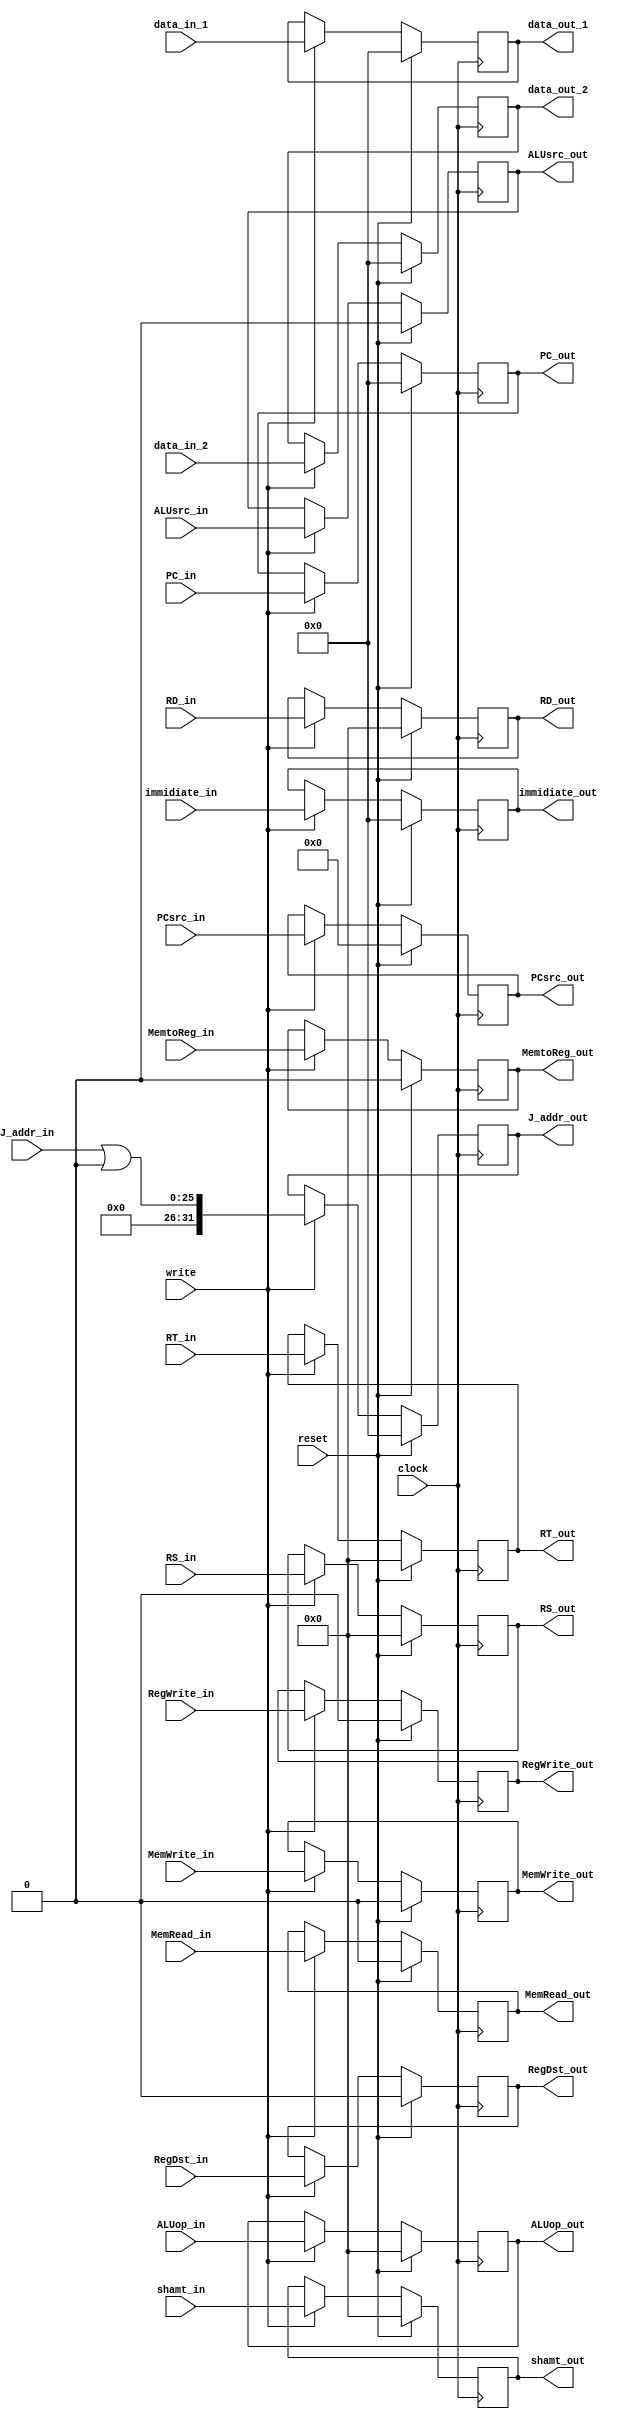
//A single register

module ID_EX(
	// WB control
	input wire RegWrite_in,
	input wire MemtoReg_in,
	output reg RegWrite_out,
	output reg MemtoReg_out,
	//Memory control
	input wire MemRead_in,
	input wire MemWrite_in,
	input wire [3:0]PCsrc_in,
	output reg MemRead_out,
	output reg MemWrite_out,
	output reg [3:0]PCsrc_out,
	//Ex control
	input wire RegDst_in,
	input wire [4:0] ALUop_in,
	input wire ALUsrc_in,
	output reg RegDst_out,
	output reg[4:0] ALUop_out,
	output reg ALUsrc_out,

	
	
	//data registers
    input wire [31:0] data_in_1,
    output reg [31:0] data_out_1,
	input wire [31:0] data_in_2,
    output reg [31:0] data_out_2,
	input wire [4:0] RS_in,
	output reg [4:0] RS_out,
	input wire [4:0] RD_in,
    output reg [4:0] RD_out,
	input wire [4:0] RT_in, 
	output reg [4:0] RT_out,
	input wire [4:0] shamt_in,
	output reg [4:0] shamt_out,
	input wire [31:0] immidiate_in,
	output reg [31:0] immidiate_out,
	input wire [31:0] PC_in,
	output reg [31:0] PC_out,
	input wire [25:0] J_addr_in,
	output reg [31:0] J_addr_out,
	
	//register controll
    input wire reset,
    input wire write,
	input wire clock);

    always @(posedge clock) begin
        if (reset == 1'b1) begin //clears register
			//clear control signals
			RegWrite_out <=0;
			MemtoReg_out <=0;
			MemRead_out <=0;
			MemWrite_out <=0;
			PCsrc_out <=0;
			RegDst_out <= 0;
			ALUop_out <= 2'h0;
			ALUsrc_out <=0;
		
			//clear data
            data_out_1 <= 32'h0;
			data_out_2 <= 32'h0;
			RS_out <= 0;
			RD_out <= 5'h0;
			RT_out <= 5'h0;
			shamt_out <= 0;
			immidiate_out<=0;
			PC_out<=0;
			J_addr_out<=0;
        end else if (write == 1'b1) begin
			RegWrite_out <=RegWrite_in;
			MemtoReg_out <=MemtoReg_in;
			MemRead_out <=MemRead_in;
			MemWrite_out <=MemWrite_in;
			PCsrc_out <=PCsrc_in;
			RegDst_out <= RegDst_in;
			ALUop_out <= ALUop_in;
			ALUsrc_out <=ALUsrc_in;
		
            data_out_1 <= data_in_1;
			data_out_2 <= data_in_2;
			RS_out <= RS_in;
			RD_out <= RD_in;
			RT_out <= RT_in;
			shamt_out <= shamt_in;
			immidiate_out<=immidiate_in;
			PC_out<=PC_in;
			J_addr_out<=(J_addr_in | 32'h0);
        end else begin
		
			RegWrite_out <=RegWrite_out;
			MemtoReg_out <=MemtoReg_out;
			MemRead_out <=MemRead_out;
			MemWrite_out <=MemWrite_out;
			PCsrc_out <=PCsrc_out;
			RegDst_out <= RegDst_out;
			ALUop_out <= ALUop_out;
			ALUsrc_out <=ALUsrc_out;
			
			
            data_out_1 <= data_out_1;
			data_out_2 <= data_out_2;
			RS_out <= RS_out;
			RD_out <= RD_out;
			RT_out <= RT_out;
			shamt_out <= shamt_out;
			immidiate_out<=immidiate_out;
			PC_out<=PC_out;
			J_addr_out<=J_addr_out;
        end
    end

endmodule